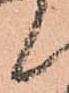
候